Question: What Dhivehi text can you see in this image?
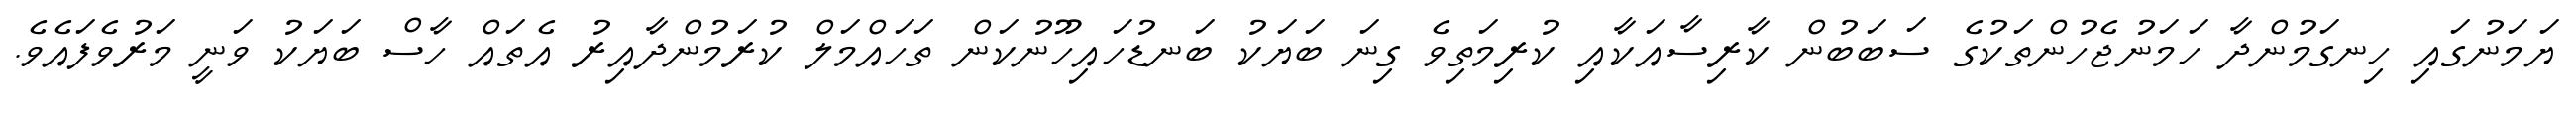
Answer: ޔަމަނުގައި ހިނގަމުންދާ ހަމަނުޖެހުންތަކުގެ ސަބަބުން ކާރިސާއަކާއި ކުރިމަތިވެ ގިނަ ބަޔަކު ބަނޑުހައިހޫނުކަން ތަހައްމަލް ކުރަމުންދާއިރު އެތައް ހާސް ބަޔަކު ވަނީ މަރުވެފައެވެ.